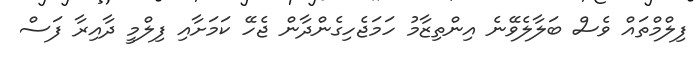
ފިލްމްތައް ވެސް ބަލާލެވޭނެ އިންތިޒާމު ހަމަޖެހިގެންދާން ޖެހޭ ކަމަށާއި ފިލްމީ ދާއިރާ ފަސް